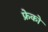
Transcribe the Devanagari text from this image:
फ्रेको